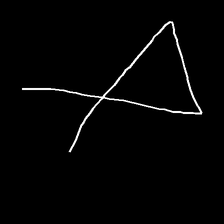
Glyph: collection